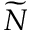
\widetilde N